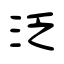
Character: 泛